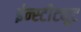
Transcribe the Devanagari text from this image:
ईन्स्टीट्यूट